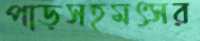
পাড়সহমৎসর